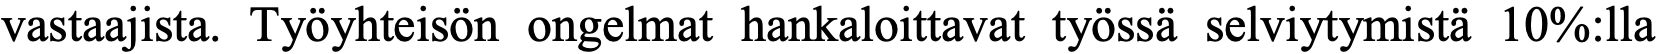
vastaajista. Työyhteisön ongelmat hankaloittavat työssä selviytymistä 10%:lla